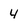
Character: 4